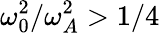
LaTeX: \omega_{0}^{2}/\omega_{A}^{2}>1/4